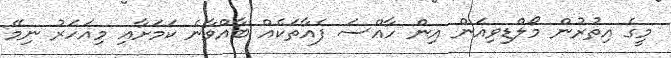
މީގެ އިތުރުން މޯލްޑިވިއަން އިން ހާއްސަ ފެއާތަކެއް ބާއްވާނެ ކަމަށާއި މިއަހަރު ނިމޭ